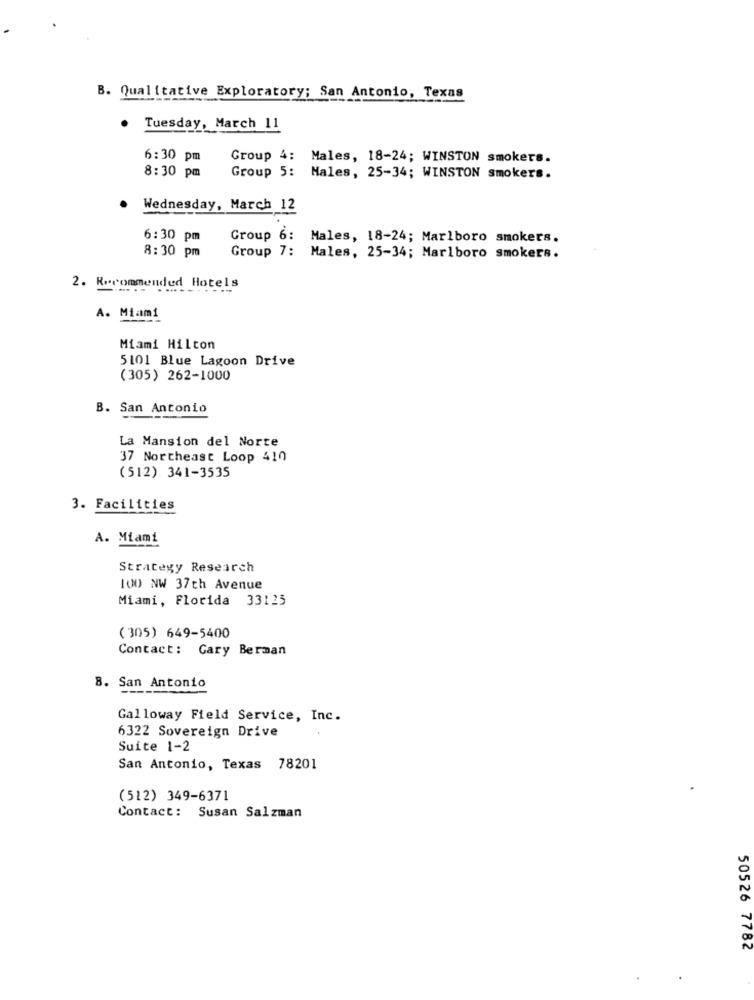
B. Qualitative Exploratory; San Antonio, Texas
Tuesday, March 11
6:30 pm
Group 4: Males, 18-24; WINSTON smokers.
8:30 pm
Group 5: Males, 25-34; WINSTON smokers.
Wednesday, March 12
6:30 pm
Group 6: Males, 18-24; Marlboro smokers.
8:30 pm
Group 7: Males, 25-34; Marlboro smokers.
2. Recommended Hotels
A. Miami
Miami Hilton
5101 Blue Lagoon Drive
(305) 262-1000
B. San Antonio
La Mansion del Norte
37 Northeast Loop 410
(512) 341-3535
3. Facilities
A. Miami
Strategy Research
100 NW 37th Avenue
Miami, Florida 33125
( 305) 649-5400
Contact: Gary Berman
8. San Antonio
Galloway Field Service, Inc.
6322 Sovereign Drive
Suite 1-2
San Antonio, Texas 78201
(512) 349-6371
Contact: Susan Salzman
50526 7782